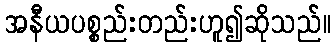
အနီယပစ္စည်းတည်းဟူ၍ဆိုသည်။